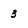
Character: 3